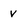
Character: V